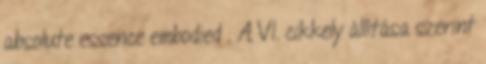
absolute essence embodied . A VI. cikkely állítása szerint